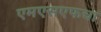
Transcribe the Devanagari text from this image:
एमएसएफचा